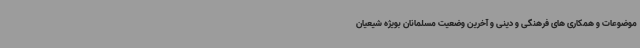
موضوعات و همکاری های فرهنگی و دینی و آخرین وضعیت مسلمانان بویژه شیعیان